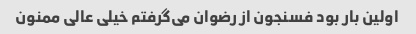
اولین بار بود فسنجون از رضوان می‌گرفتم خیلی عالی ممنون